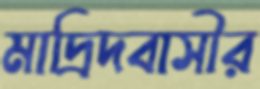
মাদ্রিদবাসীর